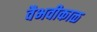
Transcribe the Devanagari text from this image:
वैभवीकाळ